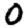
Digit: 0